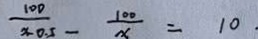
\frac { 1 0 0 } { x - 0 . 5 } - \frac { 1 0 0 } { x } = 1 0 .